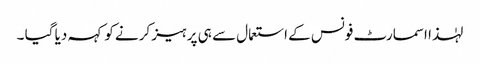
لہٰذا اسمارٹ فونس کے استعمال سے ہی پرہیز کرنے کو کہہ دیا گیا ۔